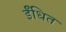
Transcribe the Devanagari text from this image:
ईंधित